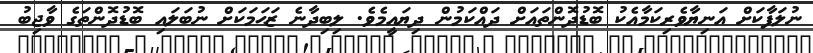
ނުލަފާކަށް އަނިޔާވެރިކަމާއެކު ބޮޑުދޮންތައަށް ދައްކަމުން ދިޔައީމެވެ. ލިބިދާނެ ޒަޙަމަކަށް ނުބަލައި ބޮޑުދޮންތަގެ ވާޖިބު